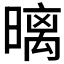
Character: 𣉽